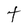
Character: t